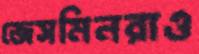
জেসমিনরাও